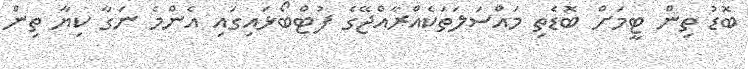
ބޮޑު ތިން ޓީމަށް ބޮޑެތި މައްސަލަތަކެއްރާއްޖޭގެ ފުޓްބޯޅައިގައި އެންމެ ނަގާ ކިޔާ ތިން